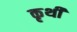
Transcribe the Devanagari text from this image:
कृथी